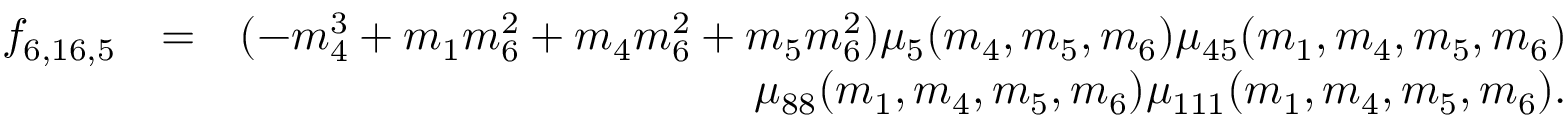
\begin{array} { r l r } { f _ { 6 , 1 6 , 5 } } & { = } & { ( - m _ { 4 } ^ { 3 } + m _ { 1 } m _ { 6 } ^ { 2 } + m _ { 4 } m _ { 6 } ^ { 2 } + m _ { 5 } m _ { 6 } ^ { 2 } ) \mu _ { 5 } ( m _ { 4 } , m _ { 5 } , m _ { 6 } ) \mu _ { 4 5 } ( m _ { 1 } , m _ { 4 } , m _ { 5 } , m _ { 6 } ) } \\ & { } & { \mu _ { 8 8 } ( m _ { 1 } , m _ { 4 } , m _ { 5 } , m _ { 6 } ) \mu _ { 1 1 1 } ( m _ { 1 } , m _ { 4 } , m _ { 5 } , m _ { 6 } ) . } \end{array}